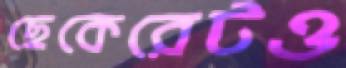
ছেকেরেটও